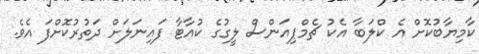
ކާމިޔާބުކޮށް އެ ކްލަބާ އެކު ޗެމްޕިއަންސް ލީގުގެ ކުއާޓާ ފައިނަލަށް ދަތުރުކޮށްފަ އެވެ.